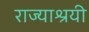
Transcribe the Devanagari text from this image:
राज्याश्रयी